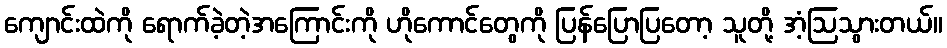
ကျောင်းထဲကို ရောက်ခဲ့တဲ့အကြောင်းကို ဟိုကောင်တွေကို ပြန်ပြောပြတော့ သူတို့ အံ့ဩသွားတယ်။